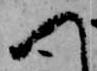
へ